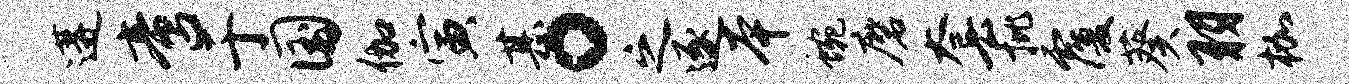
遘啻于国伽寅甚。之逐本蜿磨套批覆葵羽枷